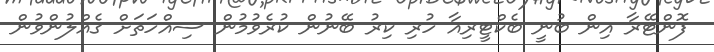
ފޮންޓޭރާ އިން ބުނީ ބެކްޓީރިއާ ހުރި ކިރު ބޭނުން ކުރެވުމުން ސިއްހަތަށް ގެއްލުންވުން